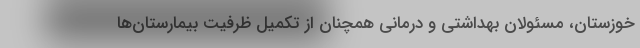
خوزستان، مسئولان بهداشتی و درمانی همچنان از تکمیل ظرفیت بیمارستان‌ها